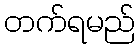
တက်ရမည်